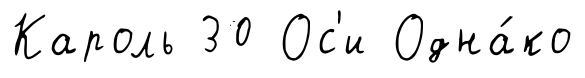
Кароль 30 Ос'и Одна́ко